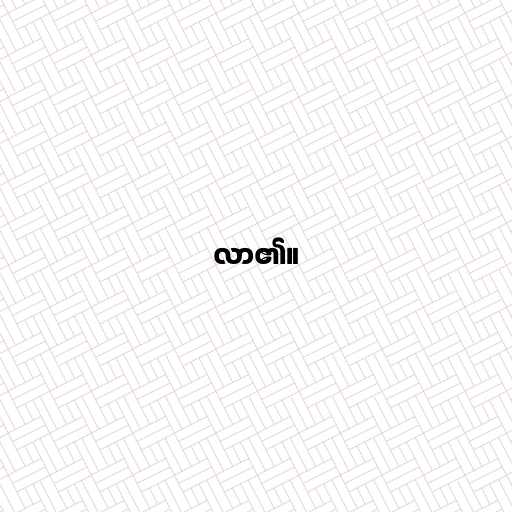
လာ၏။